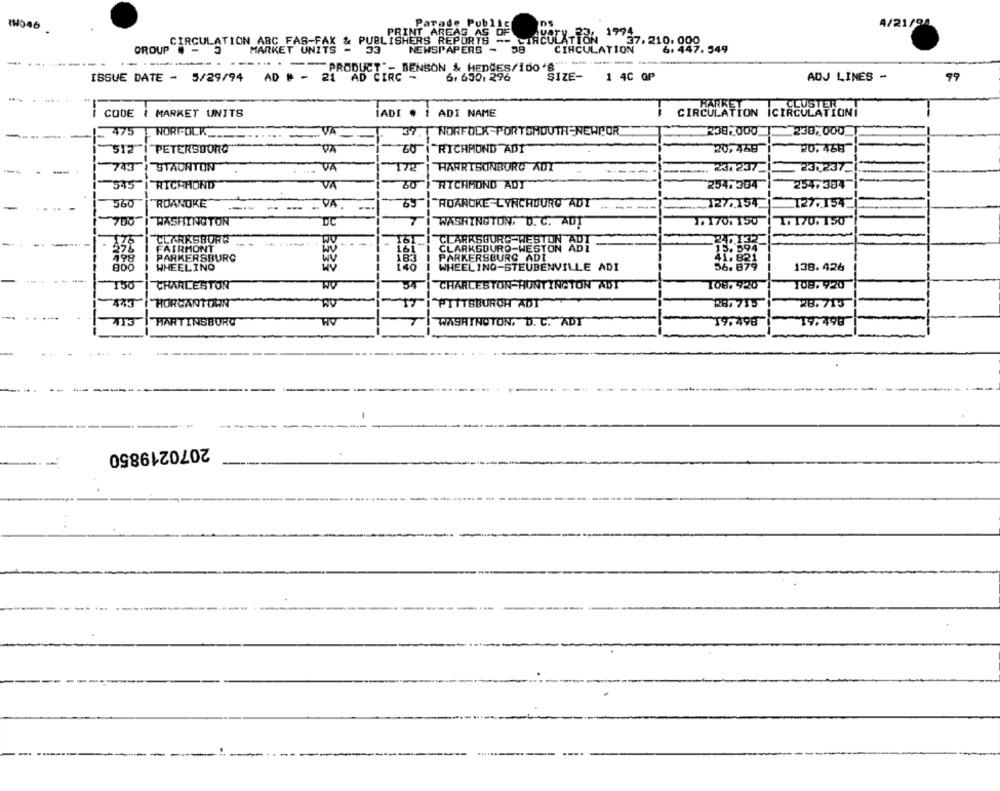
Parade Public
4/21/94
WHO46
PRINT AREAG AS OF
1994
IN ABC FAS-FAX & PUBLISHERS REPORTS -- CIRCULATION
CIRCULATION ABC_FAS-FAX &
37.210. 000
6. 447. 549
GROUP
MARKET UNITS -
33
NEWSPAPERS - 38
CIRCULATION
..
PRODUCT"- BENSON & HEDCES/100*g **********-
ISSUE DATE - 5/29/94
AD # -
AD CIRC -
6. 6301 296
SIZE-
1 4C GP
ADJ LINES -
99
HARKE
CODE ( MARKET UNITS
LADE .
ADI NAME
CIRCULATION ICIRCULATIONI
475
T. NORFOLK.
VA
37
T NORFOLK PORTSMOUTH NEWPOR
238,000
230.000_
512
PETERSBORG
"RICHMOND ADI"
20,468
20,468
743
STAUNTON
172
HARRISONBURG ADY
23237_
237237.
545
RICHHOND
30
RICHMOND ADT
254. 304
254,384
560
ROANOKE
=VA .
69"] "ROANOKE LYNCHBURG ADT"
127.154
127.154
700
DC
7
1. 170. 150
WASHINGTON
WASHINGTON, D. C. AUT
1. 170. 150
.
CLARKSBURG
161
CLARKSBURG WESTON ADI
FAIRMONT
161
CLARKSDURO-WESTON ADI
198
PARKERSBURG
183
PARKERSBURG ADI
800
WHEELINO
140
WHEELING-STEUBENVILLE ADI
138.426
150
CHARLESTON
NO
CHARLESTON-HUNTINGTON ADT
1087 920
108. 920
HORCANTOWN
PITTSBURGH ADT
28. 715
28.713
MARTINSBURG
WASHINGTON, D. C. ADY
19.498
19.798
2070219850